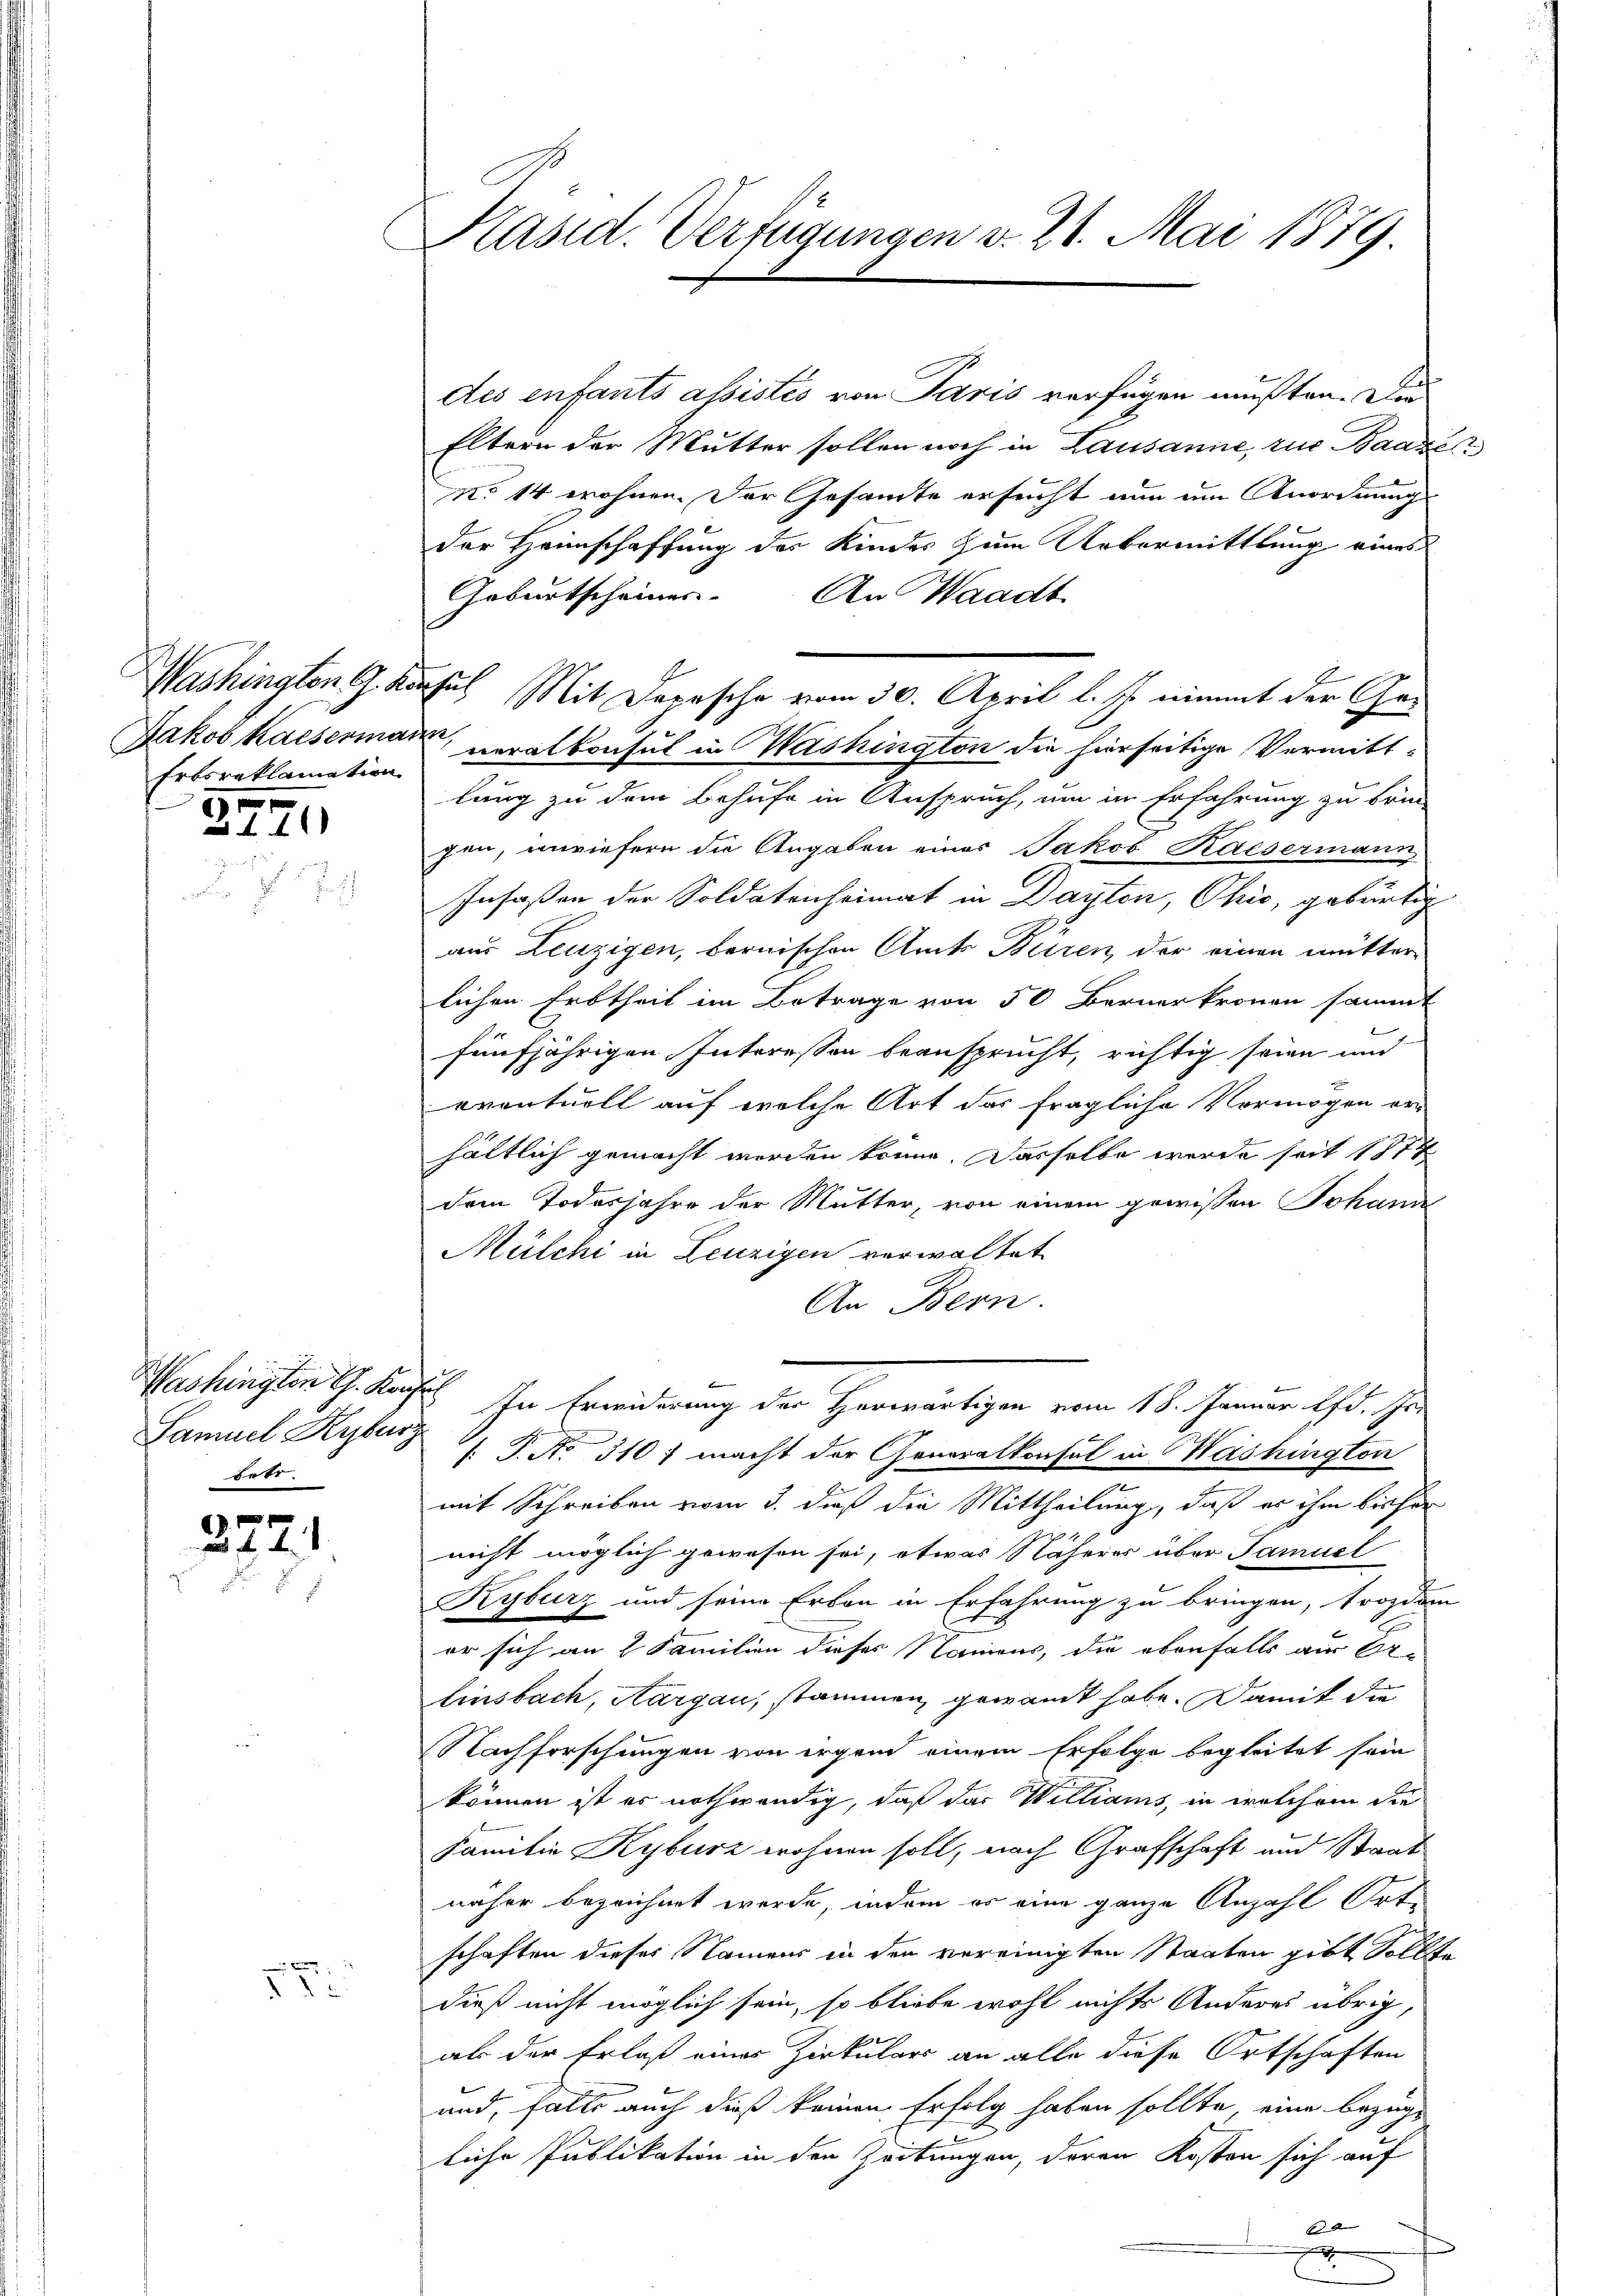
Erbsreklamation

2771

Washington G. Konsul
Samuel Kyburg
Lotr.

3721.

2

Kasid. Verfügungen v. 21. Mai 1879.

des enfants assistés von Paris verfügen mußten. Die
Eltern der Mutter sollen noch in Lausanne, zur Baares
No 14 wohnen. Der Gesamte ersucht nun um Anordnung
der Heimschaffung des Kindes zum Uebermittlung eines
Geburtscheiner. An Waadt
Jakob Kaisermann, veralkonsul in Washington die hierseitige Vermittlung zu dem Behufe in Anspruch, um in Erfahrung zu brin-
gen, unwiefern die Angaben eines Jakob Kaisermann
Insassen der Soldatenheimat in Dayton, Ohio, gebürtig
aus Leuzigen, bernischen Amts Büren, der einen mutter-
lichen Erbtheil im Betrage von 50 Berner kronen sammt
fünfjährigen Interessen beansprucht, richtig seien und
eventuell auf welche Art das fragliche Vermögen er
hältlich gemacht werden könne. Dasselbe werde seit 1874
dem Todesjahre der Mutter, von einem gewissen Johann
Mülchi in Leuzigen verwaltet
An Bern.
In Erwiderung der Herwärtigen vom 18. Januar lfd. Js
f. J. No 310 macht der Generalkonsul in Washington
mit Schreiben vom 3. dieß die Mittheilung, daß er ihm bisher
nicht möglich gewesen sei, etwas Näheres über Samuel
Kyburz und seine Erben in Erfahrung zu bringen, trozdem
t
er sich an 2 Familien dieser Namens, die obenfalls aus Or-
Einsbach, Aargau, stammen, gewandt habe. Damit die
Nachforschungen von irgend einem Erfolge begleitet sein
können ist es nothwendig, daß das Williams, in welchem die
Familie Kyburz wohnen soll, nach Grafschaft und Staat
näher bezeichnet werde, indem es eine ganze Anzahl Ortschaften dieses Namens in den vereinigten Staaten gibt Sollte
dieß nicht möglich sein, so bliebe wohl nichts Anderes übrig,
als der Erlaß eines Zirkulars an alle diese Ortschaften
und, falls auch dieß keinen Erfolg haben sollte, eine bezug¬
2
liche Publikation in den Zeitungen, deren Kosten sich auf
6
.

Washingten G. Konsul Mit Depesche vom 30. April l. Js. nimmt der Ge¬